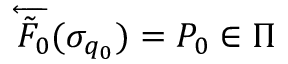
\overleftarrow { \tilde { F } _ { 0 } } ( \sigma _ { q _ { 0 } } ) = P _ { 0 } \in \Pi